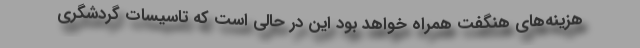
هزینه‌های هنگفت همراه خواهد بود این در حالی است که تاسیسات گردشگری